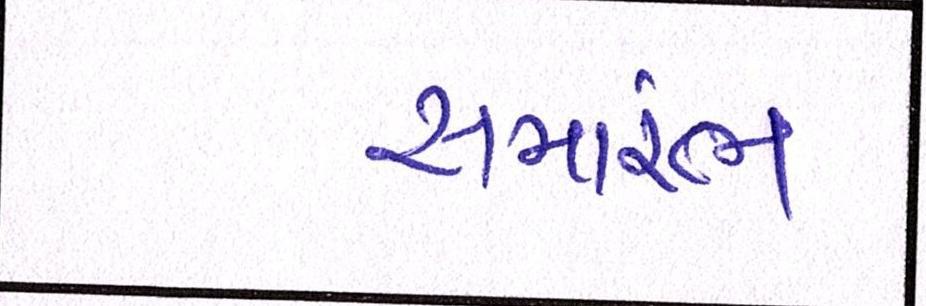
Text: સમાંરભ